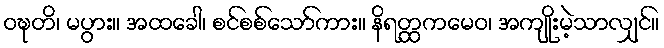
ဝဍ္ဎတိ၊ မပွား။ အထခေါ၊ စင်စစ်သော်ကား။ နိရတ္ထကမေဝ၊ အကျိုးမဲ့သာလျှင်။